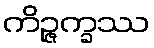
ကိဉ္ဇက္ခဿ